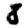
Digit: 8